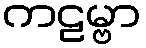
ကဠမ္ဗာ